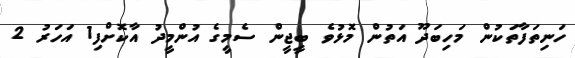
ހަނިތަފާތަކުން މަހިބަދޫ އަތުން މޮޅުވެ ބީޖީން ސެމީގެ އުންމީދު އާކޮށްފި1 އަހަރު 2